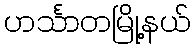
ဟင်္သာတမြို့နယ်